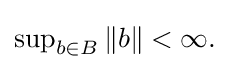
{\textstyle \sup _{b\in B}\|b\|<\infty .}